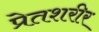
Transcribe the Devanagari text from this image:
प्रेतशरीर